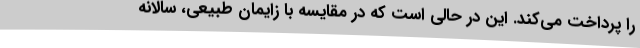
را پرداخت می‌کند. این در حالی است که در مقایسه با زایمان طبیعی، سالانه